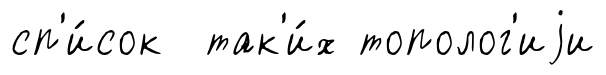
сп'и́сок так'и́х тополог'иjи